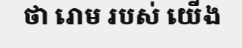
ថា រោម របស់ យើង